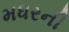
મધરની